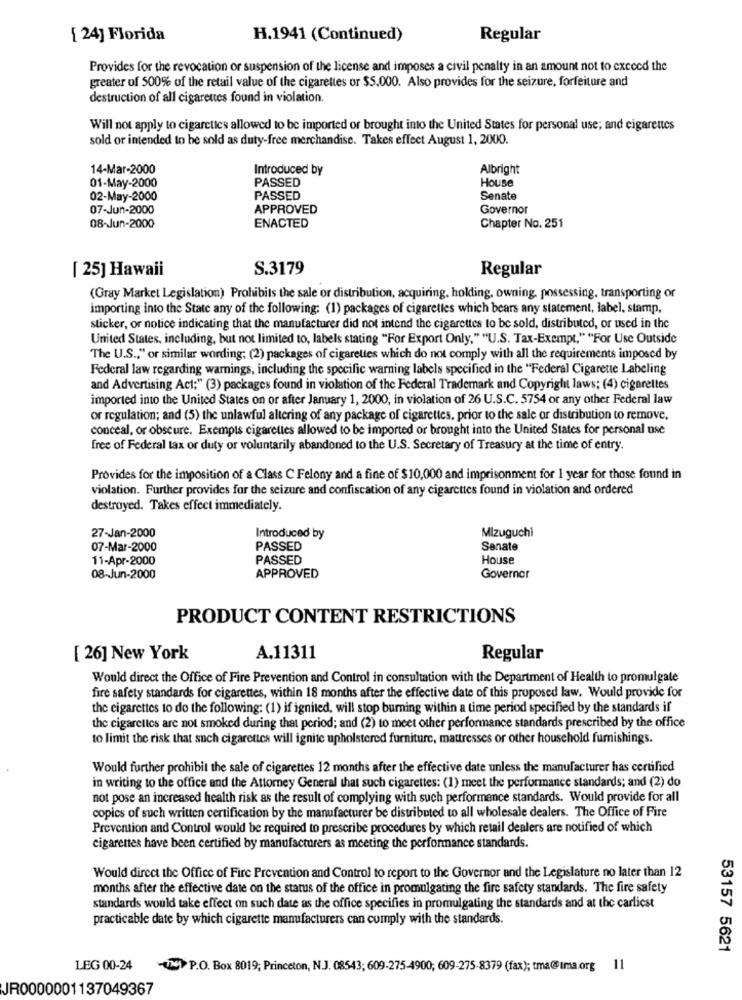
[ 24] Florida
H.1941 (Continued)
Regular
Provides for the revocation or suspension of the license and imposes a civil penalty in an amount not to exceed the
greater of 500% of the retail value of the cigarettes or $S.000. Also provides for the seizure, forfeiture and
destruction of all cigarettes found in violation.
Will not apply to cigarctics allowed to be imported or brought into the United States for personal use; and cigarettes
sold or intended to be sold as duty-free merchandise. Takes effect August 1, 2000.
14-Mar-2000
Introduced by
Albright
PASSED
House
01-May-2000
02-May-2000
PASSED
Senate
07-Jun-2000
APPROVED
Governor
08-Jun-2000
ENACTED
Chapter No. 251
[ 25] Hawaii
S.3179
Regular
(Gray Market Legislation) Prohibits the sale or distribution, acquiring, holding, owning, possessing, transporting or
importing into the State any of the following: (1) packages of cigarettes which bears any statement, label, stamp,
sticker, or notice indicating that the manufacturer did not intend the cigarettes to be sold, distributed, or used in the
United States, including, but not limited to, labels stating "For Export Only," "U.S. Tax-Exempt," "For Use Outside
The U.S ., " or similar wording; (2) packages of cigarettes which do not comply with all the requirements imposed by
Federal law regarding warnings, including the specific warning labels specified in the "Federal Cigarette Labeling
and Advertising Act;" (3) packages found in violation of the Federal Trademark and Copyright laws; (4) cigarettes
imported into the United States on or after January 1, 2000, in violation of 26 U.S.C. 5754 or any other Federal law
or regulation; and (5) the unlawful altering of any package of cigarettes, prior to the sale or distribution to remove,
conceal, or obscure. Exempts cigarettes allowed to be imported or brought into the United States for personal use
free of Federal tax or duty or voluntarily abandoned to the U.S. Secretary of Treasury at the time of entry.
Provides for the imposition of a Class C Felony and a fine of $10,000 and imprisonment for 1 year for those found in
violation. Further provides for the seizure and confiscation of any cigarettes found in violation and ordered
destroyed. Takes effect immediately.
27-Jan-2000
Introduced by
MIzuguchi
07-Mar-2000
PASSED
Senate
11-Apr-2000
PASSED
House
08-Jun-2000
APPROVED
Governor
PRODUCT CONTENT RESTRICTIONS
[ 26] New York
A.11311
Regular
Would direct the Office of Fire Prevention and Control in consultation with the Department of Health to promulgate
fire safety standards for cigarettes, within 18 months after the effective date of this proposed law. Would provide for
the cigarettes to do the following: (1) if ignited, will stop burning within a time period specified by the standards if
the cigarettes are not smoked during that period; and (2) to meet other performance standards prescribed by the office
to limit the risk that such cigarettes will ignite upholstered furniture, mattresses or other household furnishings.
Would further prohibit the sale of cigarettes 12 months after the effective date unless the manufacturer has certified
in writing to the office and the Attorney General that such cigarettes: (1) meet the performance standards; and (2) do
not pose an increased health risk as the result of complying with such performance standards. Would provide for all
copics of such written certification by the manufacturer be distributed to all wholesale dealers. The Office of Fire
Prevention and Control would be required to prescribe procedures by which retail dealers are notified of which
cigarenes have been certified by manufacturers as meeting the performance standards.
Would direct the Office of Fire Prevention and Control to report to the Governor and the Legislature no later than 12
months after the effective date on the status of the office in promulgating the fire safety standards. The fire safety
standards would take effect on such date as the office specifies in promulgating the standards and at the carliest
practicable date by which cigarette manufacturers can comply with the standards.
53157 5621
LEG 00-24
21 P.O. Box 8019; Princeton, N.J. 08543; 609-275-4900; 609-275-8379 (fax); tma@ima.org 11
JR0000001137049367